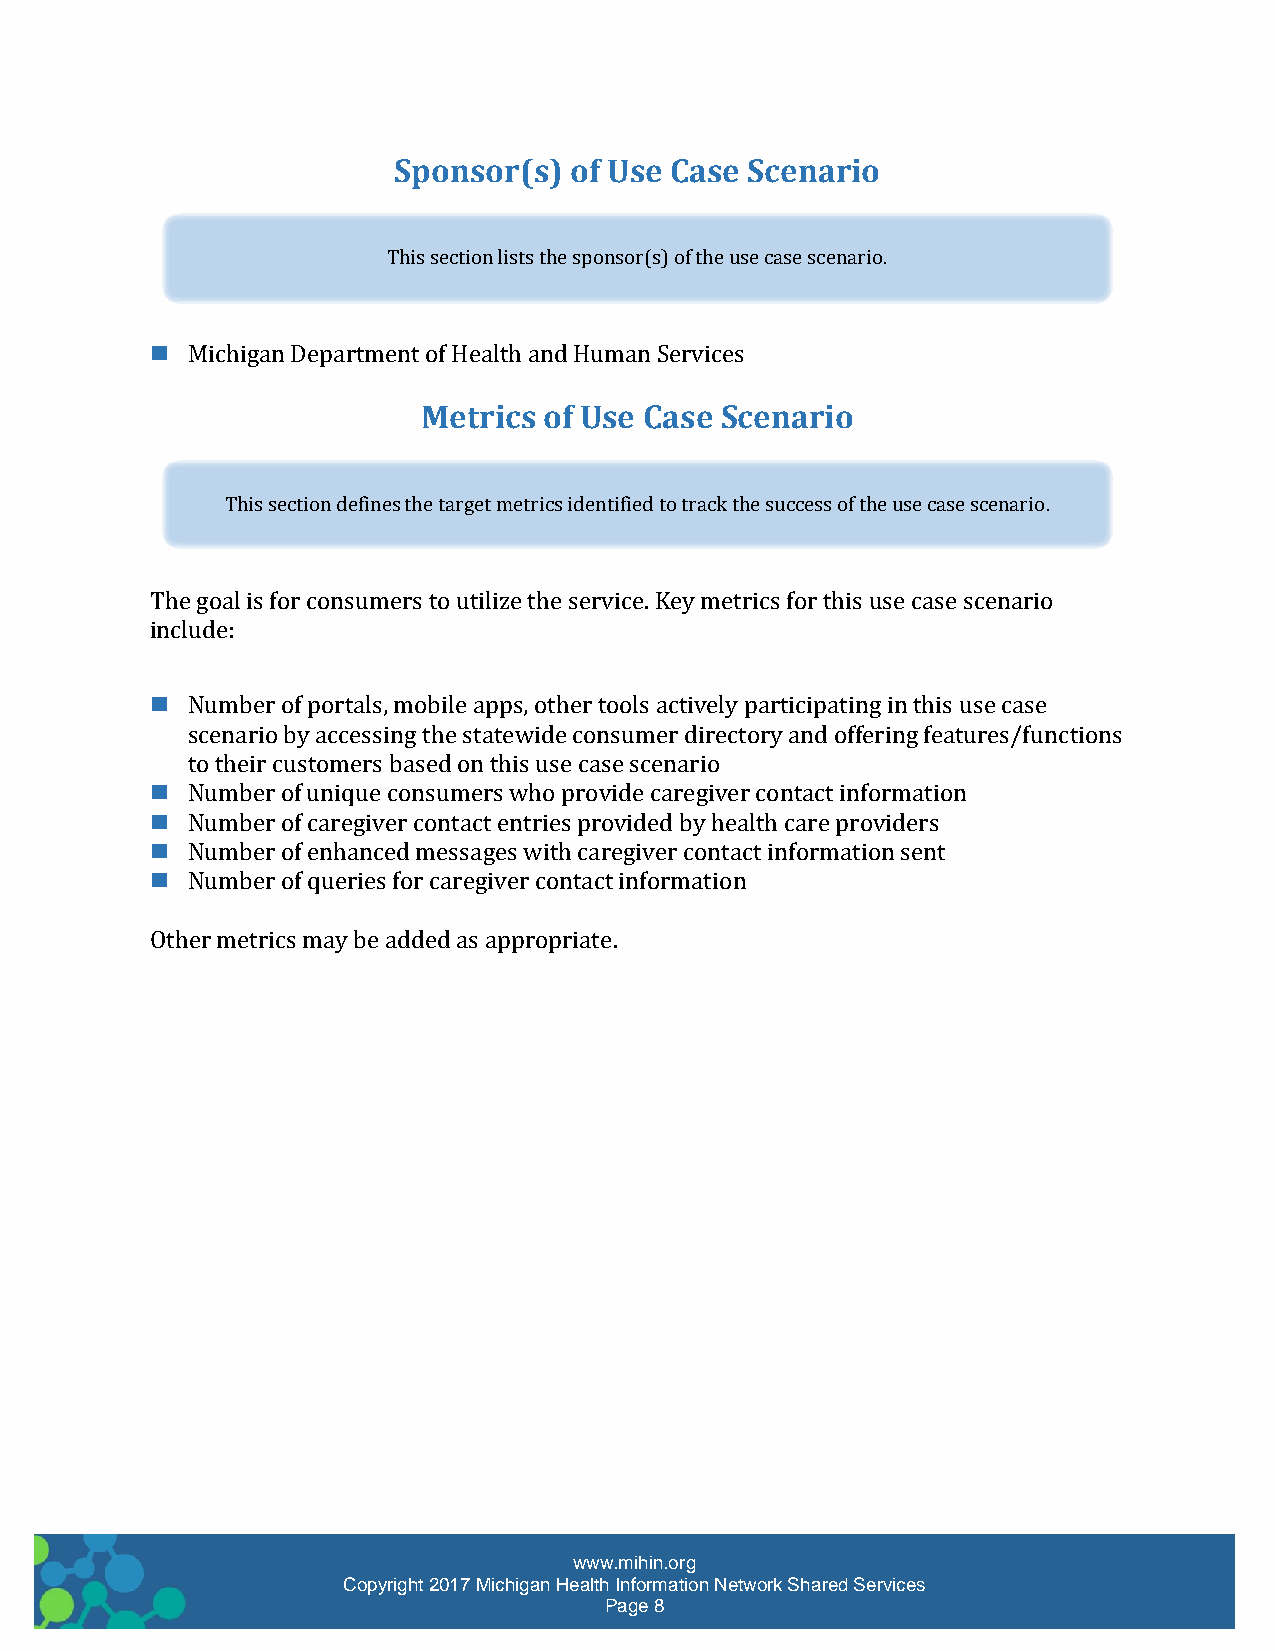
Sponsor(s)  of Use Case Scenario
 This section lists the sponsor(s) of the use case scenario.
  Michigan Department of Health and Human Services
 Metrics of Use Case Scenario
 This section defines the target metrics identified to track the success of the use case scenario.
 The goal is for consumers to utilize the service. Key metrics for this use case scenario
 include:
  Number of portals, mobile apps, other tools actively participating in this use case
 scenario by accessing the statewide consumer directory and offering features/functions
 to their customers based on this use case scenario
  Number of unique consumers who provide caregiver contact information
  Number of caregiver contact entries provided by health care providers
  Number of enhanced messages with caregiver contact information sent
  Number of queries for caregiver contact information
 Other metrics may be added as appropriate.
 www.mihin.org
 Copyright 2017 Michigan Health Information Network Shared Services
 Page 8